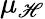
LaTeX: \mu_{\mathscr{H}}